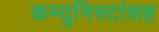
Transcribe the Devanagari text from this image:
कम्युनिस्टांसह